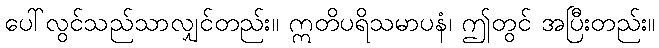
ပေါ်လွင်သည်သာလျှင်တည်း။ ဣတိပရိသမာပနံ၊ ဤတွင် အပြီးတည်း။